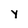
Character: Y